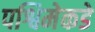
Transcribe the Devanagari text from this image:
पश्विमेकडे